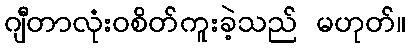
ဂျီတာလုံးဝစိတ်ကူးခဲ့သည် မဟုတ်။